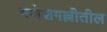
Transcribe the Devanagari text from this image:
गणेशगल्लीतील